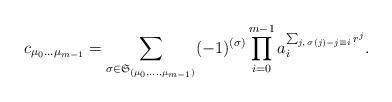
LaTeX: \begin{align*}c_{\mu_0\dots\mu_{m-1}}=\sum_{\sigma\in\frak S_{(\mu_0,\dots,\mu_{m-1})}}(-1)^{(\sigma)}\prod_{i=0}^{m-1}a_i^{\sum_{j,\,\sigma(j)-j\equiv i}r^j}.\end{align*}